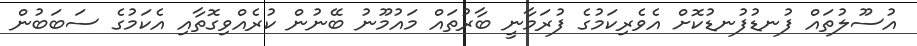
އުސޫލުތައް ފުނޑުފުނޑުކޮށް އެވެރިކަމުގެ ފުރަމާނީ ބާރުތައް މައުމޫނު ބޭނުން ކުރެއްވިގޮތާއި އެކަމުގެ ސަބަބުން